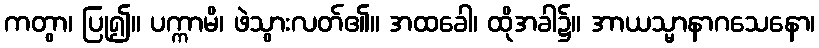
ကတွာ၊ ပြု၍။ ပက္ကာမိ၊ ဖဲသွားလတ်၏။ အထခေါ၊ ထိုအခါ၌။ အာယသ္မာနာဂသေနော၊